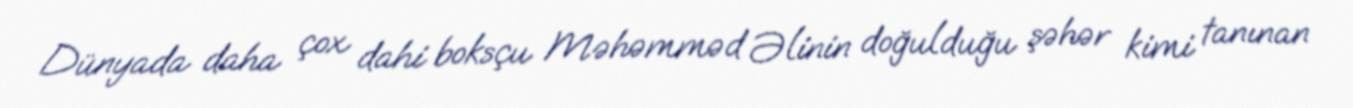
Dünyada daha çox dahi boksçu Məhəmməd Əlinin doğulduğu şəhər kimi tanınan